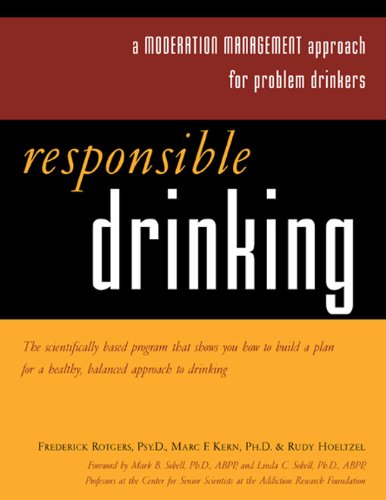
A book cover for Responsible Drinking: A Moderation Management Approach for Problem Drinkers; Frederick Rotgers; Health, Fitness & Dieting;